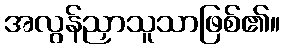
အလွန်ညှာသူသာဖြစ်၏။